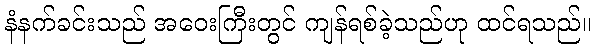
နံနက်ခင်းသည် အဝေးကြီးတွင် ကျန်ရစ်ခဲ့သည်ဟု ထင်ရသည်။